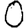
Digit: 0